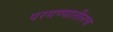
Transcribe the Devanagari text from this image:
परगण्यातीलच